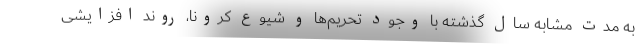
به مدت مشابه سال گذشته با وجود تحریم‌ها و شیوع کرونا، روند افزایشی